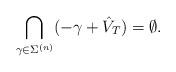
LaTeX: \begin{align*} \bigcap_{\gamma\in\Sigma^{(n)}} (-\gamma+\hat V_T) = \emptyset. \end{align*}